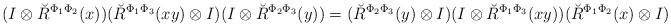
LaTeX: \begin{align*}(I\otimes\breve{R}^{\Phi_1\Phi_2}(x))(\breve{R}^{\Phi_1\Phi_3}(xy) \otimes I)(I\otimes\breve{R}^{\Phi_2\Phi_3}(y))= (\breve{R}^{\Phi_2\Phi_3}(y)\otimes I)(I\otimes \breve{R}^{\Phi_1\Phi_3}(xy)) (\breve{R}^{\Phi_1\Phi_2}(x)\otimes I)\end{align*}